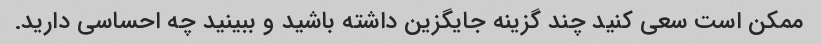
ممکن است سعی کنید چند گزینه جایگزین داشته باشید و ببینید چه احساسی دارید.